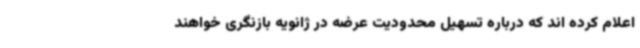
اعلام کرده اند که درباره تسهیل محدودیت عرضه در ژانویه بازنگری خواهند